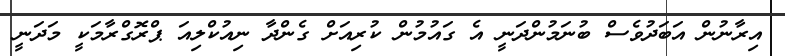
އިރާނުން އަބަދުވެސް ބުނަމުންދަނީ އެ ގައުމުން ކުރިއަށް ގެންދާ ނިއުކްލިއަ ޕްރޮގްރާމަކީ މަދަނީ